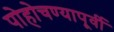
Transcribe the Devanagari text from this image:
पोहोचण्यापूर्वी